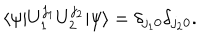
LaTeX: \langle \psi | U _ { 1 } ^ { j _ { 1 } } U _ { 2 } ^ { j _ { 2 } } | \psi \rangle = \delta _ { j _ { 1 } 0 } \delta _ { j _ { 2 } 0 } .